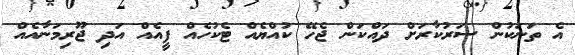
އެ ތަނަކުން ސަރުކާރަށް ދައްކަން ޖެހޭ ކުއްޔެއް ޓެކުހެއް ފީއެއް އަދި ޖޫރިމަނާއެއް